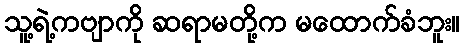
သူ့ရဲ့ကဗျာကို ဆရာမတို့က မထောက်ခံဘူး။